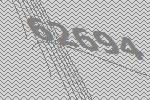
62694